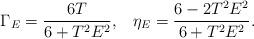
LaTeX: \begin{align*}\Gamma _E=\frac{6T}{6+T^2E^2},\;\;\;\eta _E=\frac{6-2T^2E^2}{6+T^2E^2}.\end{align*}